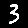
Digit: 3